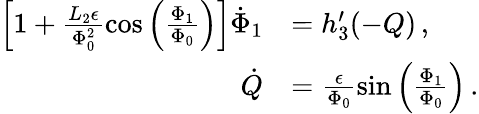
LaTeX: \begin{array}{rl}{\left[1+\frac{L_{2}\epsilon}{\Phi_{0}^{2}}\cos\left(\frac{\Phi_{1}}{\Phi_{0}}\right)\right]\dot{\Phi}_{1}}&{=h_{3}^{\prime}(-Q)\, ,}\\ {\dot{Q}}&{=\frac{\epsilon}{\Phi_{0}}\sin\left(\frac{\Phi_{1}}{\Phi_{0}}\right)\, .}\end{array}